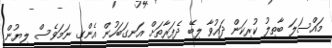
މައްސަލަ ބާތިލު ކުރިކަން ދައުވާ ލިބޭ ދެފަރާތަށް އަނގަބަހުން އެންގި ނަމަވެސް ލިޔުން